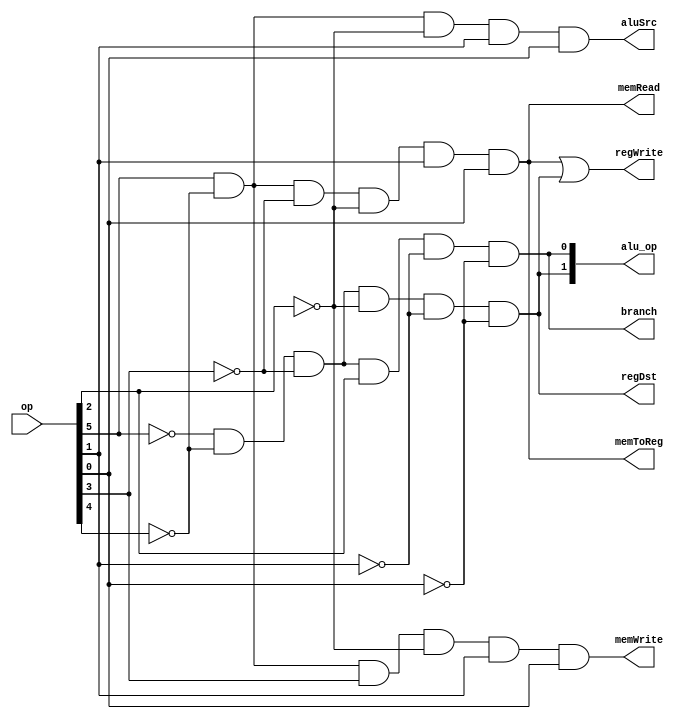
module control(op, alu_op, regDst, aluSrc, memToReg, regWrite, memRead, memWrite, branch);
  (* src = "../control/control.v:2" *)
  input [5:0] op;
  (* src = "../control/control.v:3" *)
  output [1:0] alu_op;
  (* src = "../control/control.v:4" *)
  output regDst;
  (* src = "../control/control.v:4" *)
  output aluSrc;
  (* src = "../control/control.v:4" *)
  output memToReg;
  (* src = "../control/control.v:4" *)
  output regWrite;
  (* src = "../control/control.v:5" *)
  output memRead;
  (* src = "../control/control.v:5" *)
  output memWrite;
  (* src = "../control/control.v:5" *)
  output branch;
  (* src = "../control/control.v:8" *)
  wire int0;
  (* src = "../control/control.v:8" *)
  wire op0_bar;
  (* src = "../control/control.v:8" *)
  wire op1_bar;
  (* src = "../control/control.v:8" *)
  wire op2_bar;
  (* src = "../control/control.v:8" *)
  wire op3_bar;
  (* src = "../control/control.v:8" *)
  wire op4_bar;
  (* src = "../control/control.v:8" *)
  wire op5_bar;
  (* src = "../control/control.v:17" *)
  wire _00_;
  (* src = "../control/control.v:17" *)
  wire _01_;
  (* src = "../control/control.v:17" *)
  wire _02_;
  (* src = "../control/control.v:17" *)
  wire _03_;
  (* src = "../control/control.v:18" *)
  wire _04_;
  (* src = "../control/control.v:18" *)
  wire _05_;
  (* src = "../control/control.v:20" *)
  wire _06_;
  (* src = "../control/control.v:20" *)
  wire _07_;
  (* src = "../control/control.v:20" *)
  wire _08_;
  (* src = "../control/control.v:20" *)
  wire _09_;
  (* src = "../control/control.v:22" *)
  wire _10_;
  (* src = "../control/control.v:22" *)
  wire _11_;
  (* src = "../control/control.v:22" *)
  wire _12_;
  (* src = "../control/control.v:25" *)
  wire _13_;
  (* src = "../control/control.v:25" *)
  wire _14_;
  assign op0_bar = ~op[0];
  assign op1_bar = ~op[1];
  assign op2_bar = ~op[2];
  assign op3_bar = ~op[3];
  assign op4_bar = ~op[4];
  assign op5_bar = ~op[5];
  assign _00_ = op5_bar & op4_bar;
  assign _01_ = _00_ & op3_bar;
  assign _02_ = _01_ & op[2];
  assign _03_ = _02_ & op1_bar;
  assign alu_op[0] = _03_ & op0_bar;
  assign _04_ = _01_ & op2_bar;
  assign _05_ = _04_ & op1_bar;
  assign alu_op[1] = _05_ & op0_bar;
  assign _06_ = op[5] & op4_bar;
  assign _07_ = _06_ & op3_bar;
  assign _08_ = _07_ & op2_bar;
  assign _09_ = _08_ & op[1];
  assign int0 = _09_ & op[0];
  assign _10_ = _06_ & op[3];
  assign _11_ = _10_ & op2_bar;
  assign _12_ = _11_ & op[1];
  assign memWrite = _12_ & op[0];
  assign _13_ = _06_ & op2_bar;
  assign _14_ = _13_ & op[1];
  assign aluSrc = _14_ & op[0];
  assign regWrite = int0 | alu_op[1];
  assign regDst = alu_op[1];
  assign memToReg = int0;
  assign memRead = int0;
  assign branch = alu_op[0];
endmodule